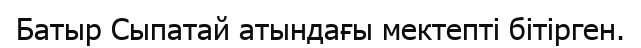
Батыр Сыпатай атындағы мектепті бітірген.